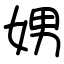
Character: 娚